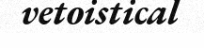
vetoistical